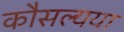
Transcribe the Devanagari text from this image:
कौसल्यया